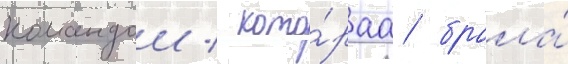
командои / кото́раа брала́